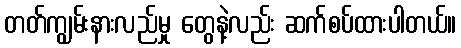
တတ်ကျွမ်းနားလည်မှု တွေနဲ့လည်း ဆက်စပ်ထားပါတယ်။